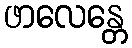
ဖာလေန္တေ